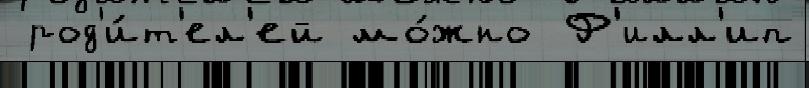
 род'и́т'ел'ей мо́жно Ф'илл'ип